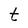
Character: t